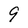
Character: 9